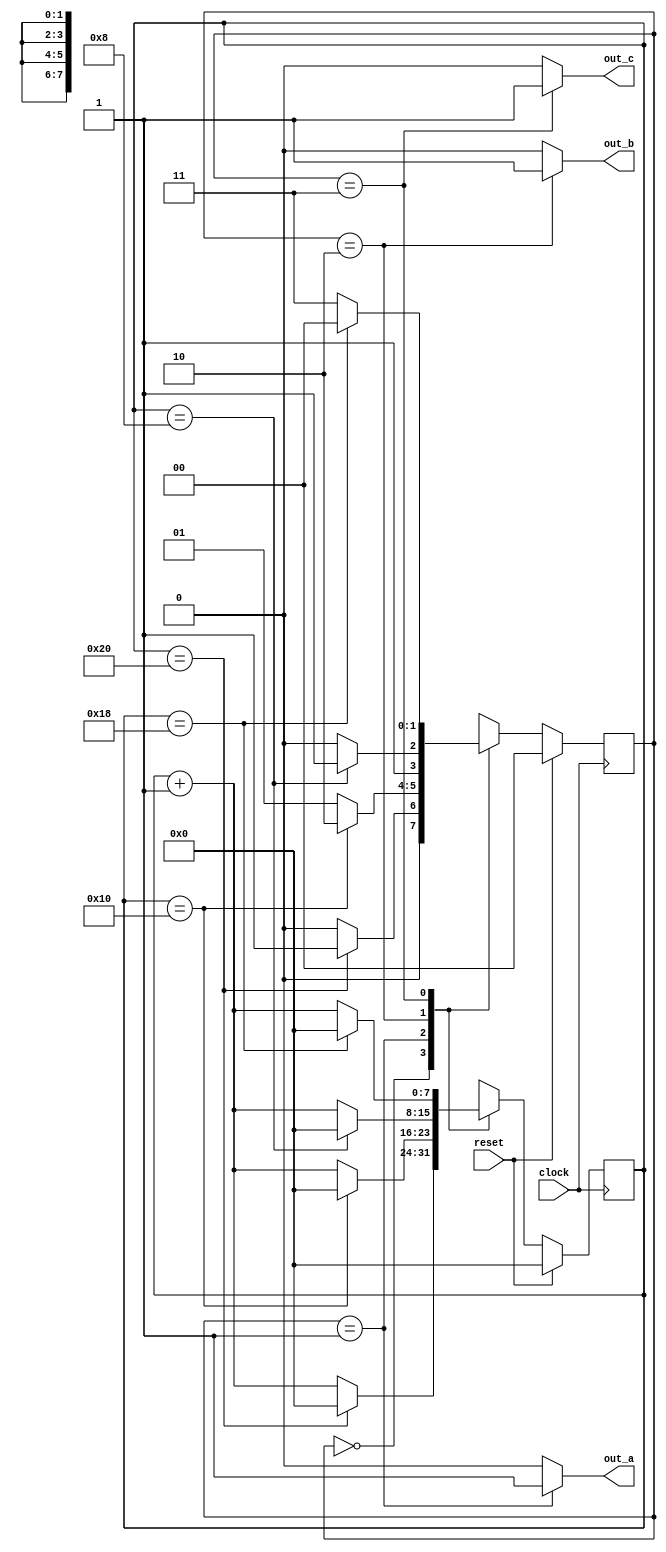
`timescale 1ns/100ps

/**
 * This simple state machine holds output_a high for a fixed number of cycles, then output_b high
 * for a fixed number of cycles, then output_c high for a fixed number of cycles before keeping all
 * outputs low for a fixed number of cycles.
 *
 * If you cycled through its states super fast (say, give it a clock of 1MHz), it could be used to
 * light up an RGB LED with a constant solid color that's a mix of red, green, and blue. To make
 * the LED purple, program it to make it stay in the red and blue states for longer, and bypass the
 * green state entirely.
 *
 *        cycle_count < threshold              cycle_count < threshold        cycle_count < threshold
 *     cycle_count <- cycle_count + 1       cycle_count <- cycle_count + 1   cycle_count <- cycle_count + 1
 *                                                                        
 *            V             cycle_count >         V             cycle_count >         V     
 *          threshold         threshold   
 *    |'All outputs off'>|  'Output A on'  >|  'Output B on'  
 *    |      state       cycle_count <- 0 |      state       cycle_count <- 0 |      state      
 *                                        
 *               ^                                                              cycle_count >   
 *                                                                                  threshold  
 *                                          cycle_count < threshold          cycle_count <- 0  
 *                                        cycle_count <- cycle_count + 1                       
 *                                                                                      
 *                                                        V                                   
 *                    cycle_count > threshold                               
 *                 'Output C on'  <
 *                            cycle_count <- 0                 state      
 *                                                       
 */
`define OUTPUT_NONE_STATE (2'b00)
`define OUTPUT_A_STATE (2'b01)
`define OUTPUT_B_STATE (2'b10)
`define OUTPUT_C_STATE (2'b11)

`define OUTPUT_NONE_CYCLES (8'h20)
`define OUTPUT_A_CYCLES (8'h10)
`define OUTPUT_B_CYCLES (8'h08)
`define OUTPUT_C_CYCLES (8'h18)

module output_cycler_state_machine(input clock,
                                   input reset,

                                   output reg out_a,
                                   output reg out_b,
                                   output reg out_c);
    reg [1:0] state;
    reg [1:0] state_next;

    reg [7:0] cycle_counter;
    reg [7:0] cycle_counter_next;

    // logic for advancing the state machine and the cycle counter
    always @* begin
        if (reset) begin
            state_next = `OUTPUT_NONE_STATE;
            cycle_counter_next = 8'h00;
        end else begin // if (reset)
            case (state)
                `OUTPUT_NONE_STATE: begin
                    if (cycle_counter == `OUTPUT_NONE_CYCLES) begin
                        state_next = `OUTPUT_A_STATE;
                        cycle_counter_next = 8'h00;
                    end else begin
                        state_next = `OUTPUT_NONE_STATE;
                        cycle_counter_next = cycle_counter + 8'h1;
                    end
                end

                `OUTPUT_A_STATE: begin
                    if (cycle_counter == `OUTPUT_A_CYCLES) begin
                        state_next = `OUTPUT_B_STATE;
                        cycle_counter_next = 8'h00;
                    end else begin
                        state_next = `OUTPUT_A_STATE;
                        cycle_counter_next = cycle_counter + 8'h1;
                    end
                end

                `OUTPUT_B_STATE: begin
                    if (cycle_counter == `OUTPUT_B_CYCLES) begin
                        state_next = `OUTPUT_C_STATE;
                        cycle_counter_next = 8'h00;
                    end else begin
                        state_next = `OUTPUT_B_STATE;
                        cycle_counter_next = cycle_counter + 8'h1;
                    end
                end

                `OUTPUT_C_STATE: begin
                    if (cycle_counter == `OUTPUT_C_CYCLES) begin
                        state_next = `OUTPUT_NONE_STATE;
                        cycle_counter_next = 8'h00;
                    end else begin
                        state_next = `OUTPUT_C_STATE;
                        cycle_counter_next = cycle_counter + 8'h1;
                    end
                end
            endcase // case (state)
        end
    end

    always @(posedge clock) begin
        state <= state_next;
        cycle_counter <= cycle_counter_next;
    end

    // logic for driving the outputs based on the current state
    always @* begin
        out_a = (state == `OUTPUT_A_STATE) ? 1'b1 : 1'b0;
        out_b = (state == `OUTPUT_B_STATE) ? 1'b1 : 1'b0;
        out_c = (state == `OUTPUT_C_STATE) ? 1'b1 : 1'b0;
    end
endmodule


module state_machine_example_testbench();
    reg clock;
    reg reset;

    wire output_a;
    wire output_b;
    wire output_c;

    output_cycler_state_machine fsm(.clock(clock),
                                    .reset(reset),
                                    .out_a(output_a),
                                    .out_b(output_b),
                                    .out_c(output_c));

    always begin
        clock = 1'b0;
        #500;
        clock = 1'b1;
        #500;
    end

    initial begin
        $dumpfile("state_machine_example.vcd");
        $dumpvars(0, state_machine_example_testbench);

        reset = 1'b1;
        #2000;
        reset = 1'b0;

        // just wait for a bit, just long enough to cycle through all the states 2 or 3 times.
        #300000;

        reset = 1'b1;
        #2000;
        reset = 1'b0;

        #400000;

        $finish;
    end
endmodule